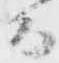
而